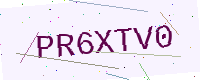
Text: PR6XTV0